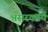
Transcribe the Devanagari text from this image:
श्वसरकार्य